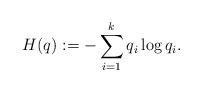
LaTeX: \begin{align*}H(q):= - \sum_{i=1}^k q_i \log q_i.\end{align*}